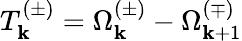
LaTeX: T_{\mathbf{k}}^{(\pm)}=\Omega_{\mathbf{k}}^{(\pm)}-\Omega_{\mathbf{k}+1}^{(\mp)}